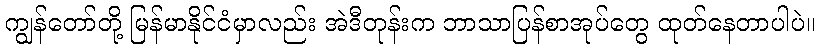
ကျွန်တော်တို့ မြန်မာနိုင်ငံမှာလည်း အဲဒီတုန်းက ဘာသာပြန်စာအုပ်တွေ ထုတ်နေတာပါပဲ။